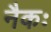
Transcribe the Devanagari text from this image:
नैकः